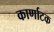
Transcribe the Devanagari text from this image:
कार्णाटक